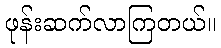
ဖုန်းဆက်လာကြတယ်။